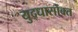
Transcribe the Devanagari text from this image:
युद्धासोबत